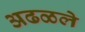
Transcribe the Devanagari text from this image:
अढळले